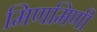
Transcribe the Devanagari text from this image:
मिणमिणी